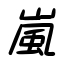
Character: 嵐